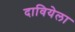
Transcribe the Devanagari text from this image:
दावियेला